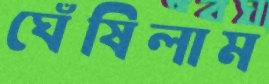
ঘেঁষিলাম